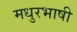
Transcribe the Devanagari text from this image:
मधुरभाषी